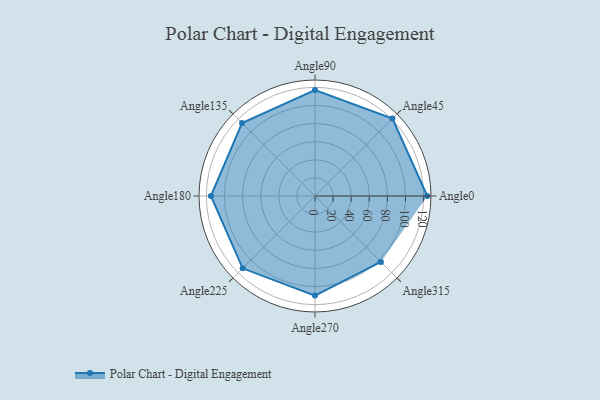
{"axis": {"x": "Angle", "y": "Radius"}, "legend": [""], "data": [{"x": "Angle0", "y": 124.0, "type": ""}, {"x": "Angle45", "y": 121.0, "type": ""}, {"x": "Angle90", "y": 117.0, "type": ""}, {"x": "Angle135", "y": 114.0, "type": ""}, {"x": "Angle180", "y": 115.0, "type": ""}, {"x": "Angle225", "y": 113.0, "type": ""}, {"x": "Angle270", "y": 110.0, "type": ""}, {"x": "Angle315", "y": 103.0, "type": ""}]}